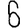
Digit: 6